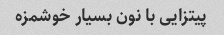
پیتزایی با نون بسیار خوشمزه